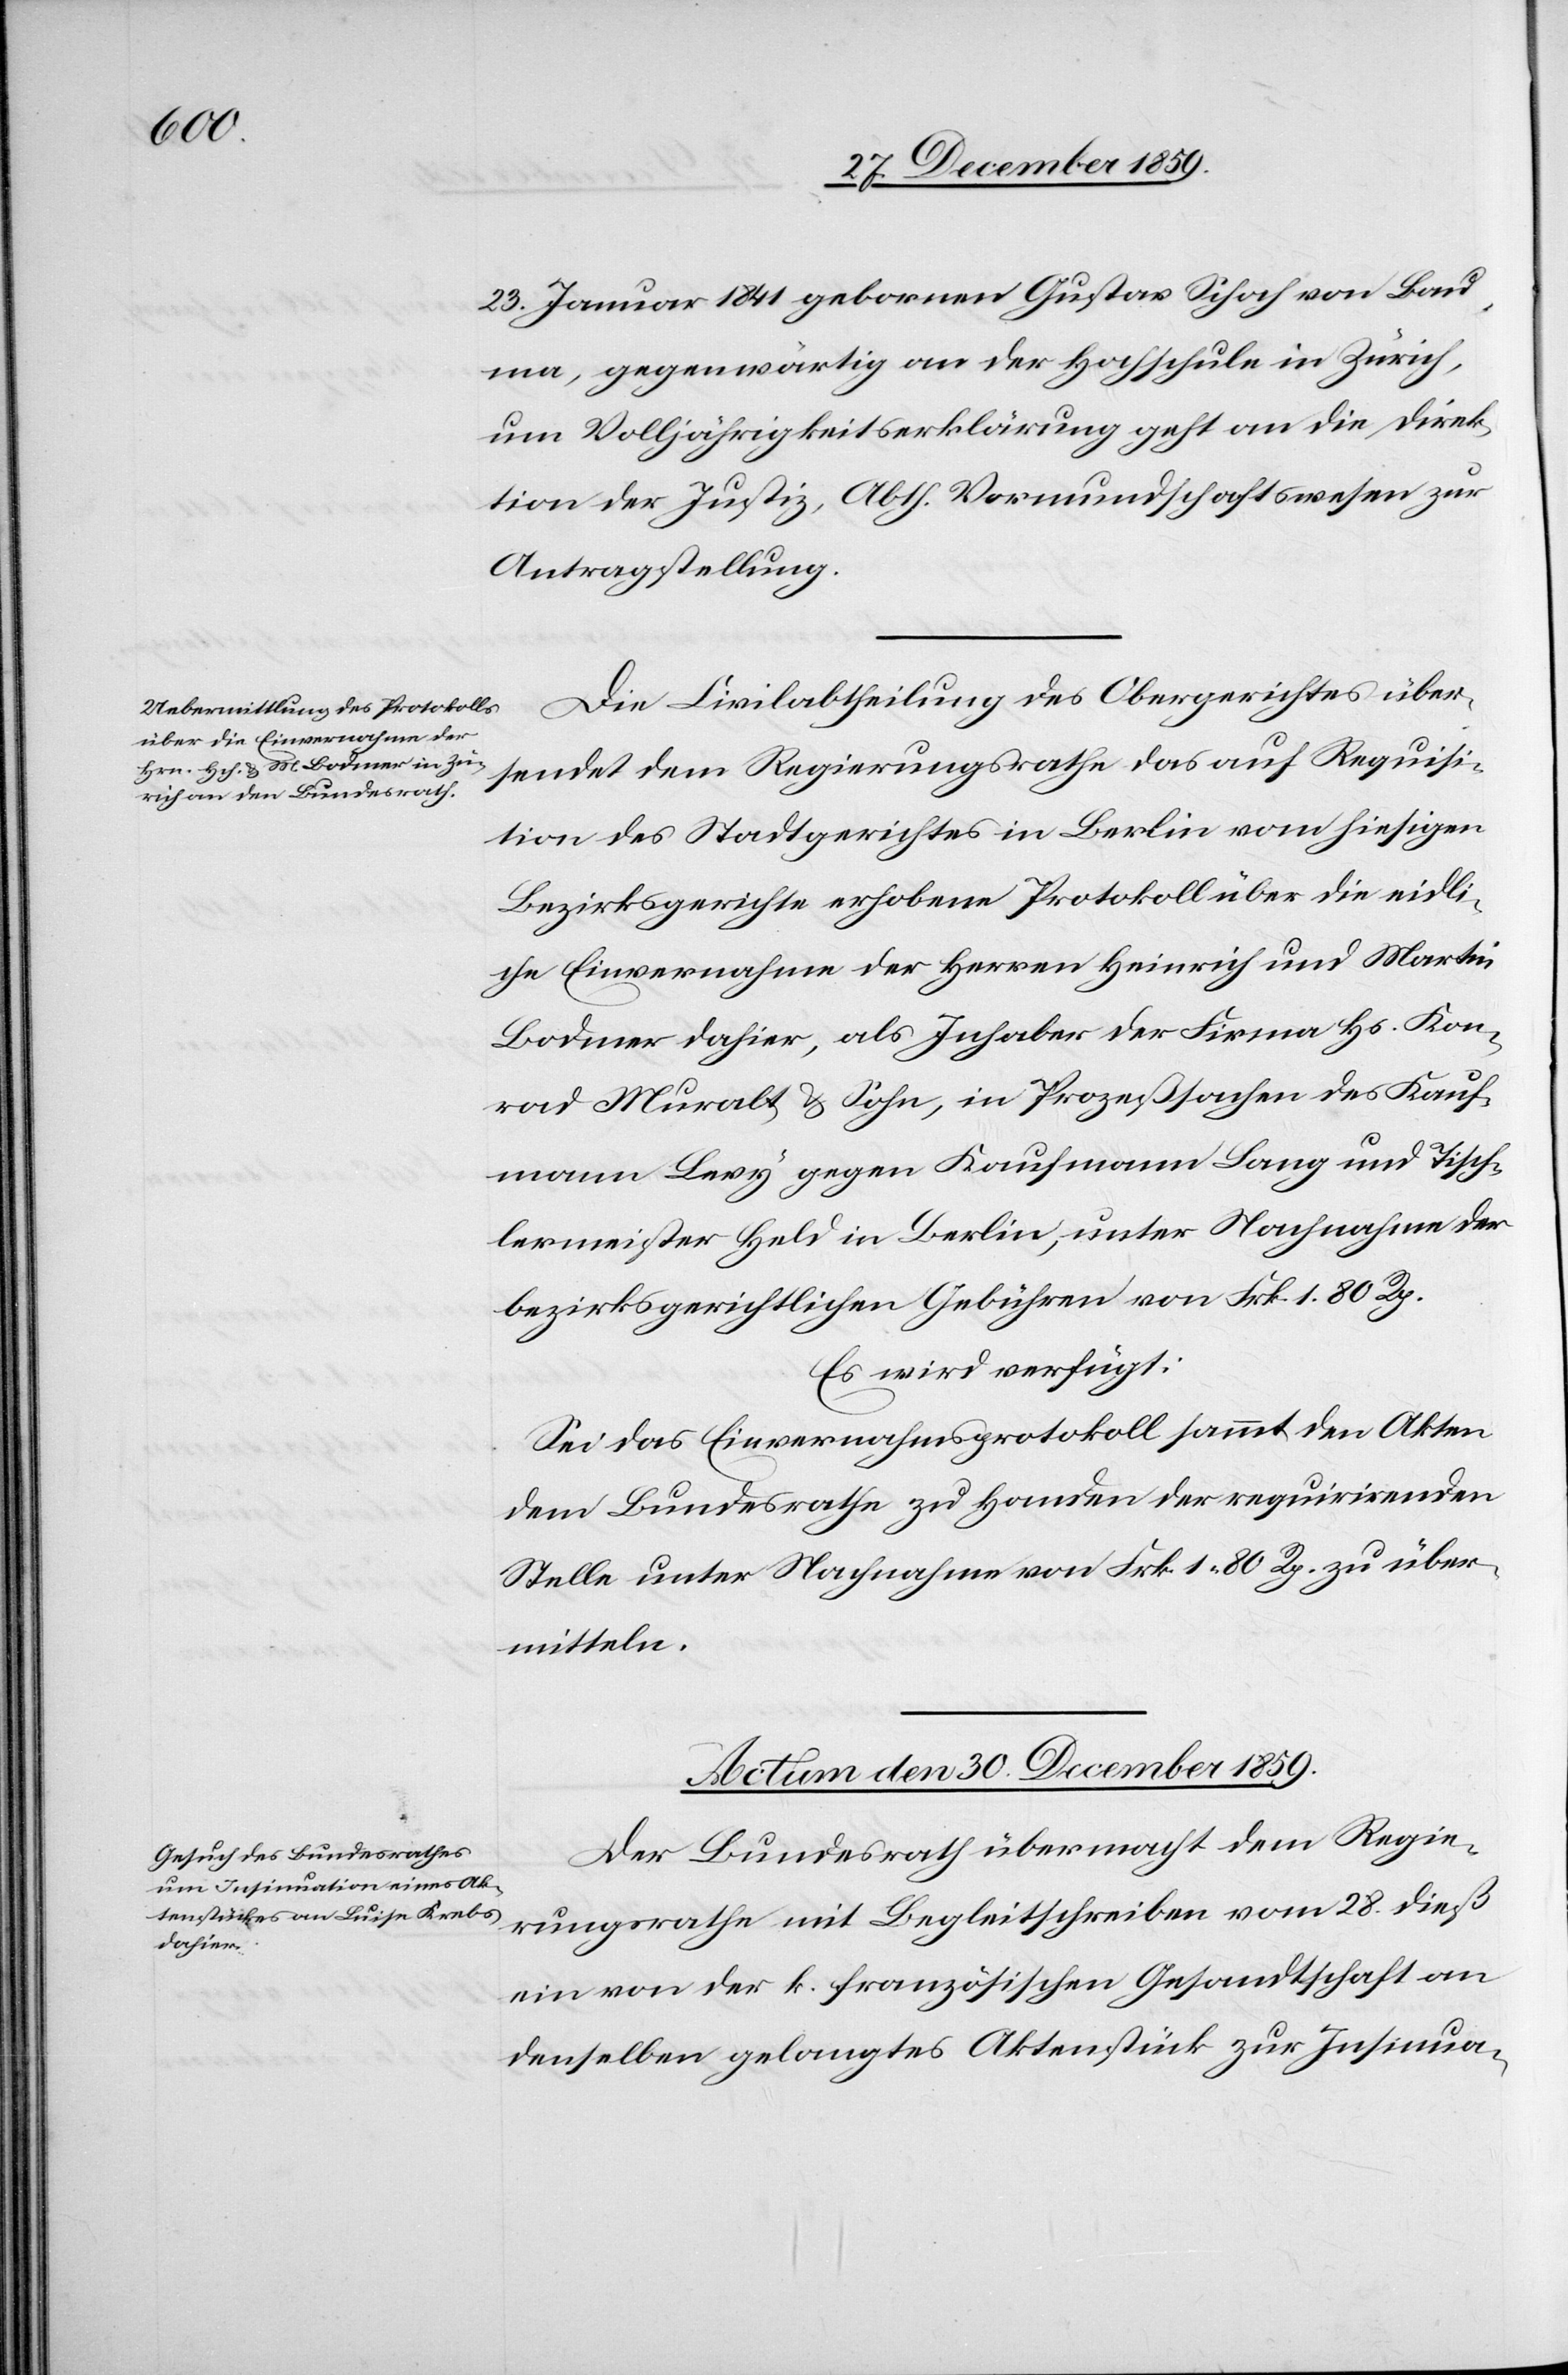
über¬

23. Januar 1841 gebornen Gustav Schoch von Bau¬
ma, gegenwärtig an der Hochschule in Zürich,
um Volljährigkeitserklärung geht an die Direk¬
tion der Justiz, Abth. Vormundschaftswesen zur
Antragstellung.
Die Civilabtheilung des Obergerichtes über¬
sendet dem Regierungsrathe das auf Requisi¬
tion des Stadtgerichtes in Berlin vom hiesigen
Bezirksgerichte erhobene Protokoll über die eidli¬
che Einvernahme der Herren Heinrich und Martin
Bodmer dahier, als Inhaber der Firma Hs. Kon¬
rad Muralt & Söhne, in Prozeßsachen des Kauf¬
mann Levy gegen Kaufmann Lang und Tisch¬
lermeister Held in Berlin, unter Nachnahme der
bezirksgerichtlichen Gebühren von Frk. 1. 80 Rp.
mitteln.
Actum den 30. December 1859.
Der Bundesrath übermacht dem Regie¬
rungsrathe mit Begleitschreiben vom 28. dieß
ein von der k. französischen Gesandtschaft an
denselben gelangtes Aktenstück zur Insinua-